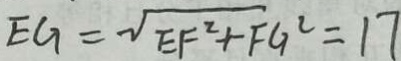
E G = \sqrt { E F ^ { 2 } + F G ^ { 2 } } = 1 7